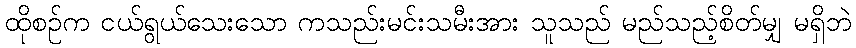
ထိုစဉ်က ငယ်ရွယ်သေးသော ကသည်းမင်းသမီးအား သူသည် မည်သည့်စိတ်မျှ မရှိဘဲ